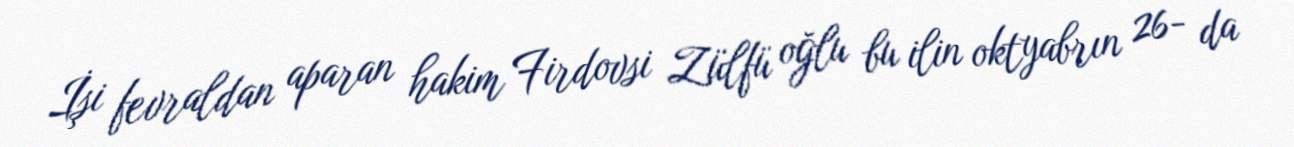
İşi fevraldan aparan hakim Firdovsi Zülfü oğlu bu ilin oktyabrın 26- da